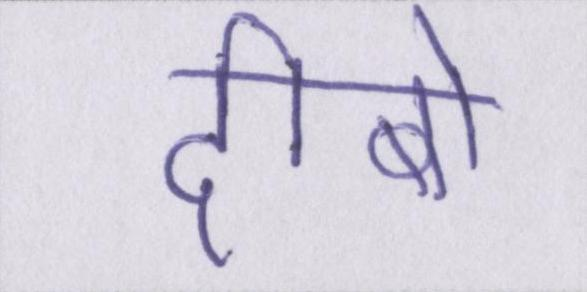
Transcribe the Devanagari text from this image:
दीबो